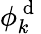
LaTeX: \phi_{k}^{\mathrm{~d~}}